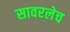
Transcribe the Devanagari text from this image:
सावरलेच